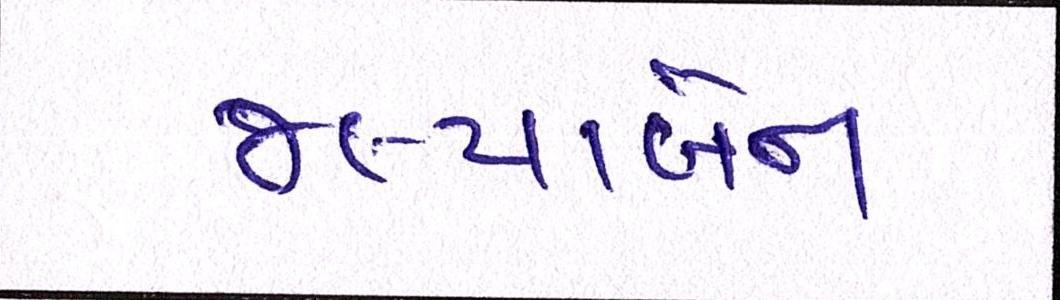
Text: જલ્પાબેન